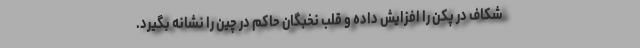
شکاف در پکن را افزایش داده و قلب نخبگان حاکم در چین را نشانه بگیرد.